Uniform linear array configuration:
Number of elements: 8
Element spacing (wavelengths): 1
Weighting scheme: binomial
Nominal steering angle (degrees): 0
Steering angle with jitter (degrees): -1.771
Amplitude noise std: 0.05
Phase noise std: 0.05

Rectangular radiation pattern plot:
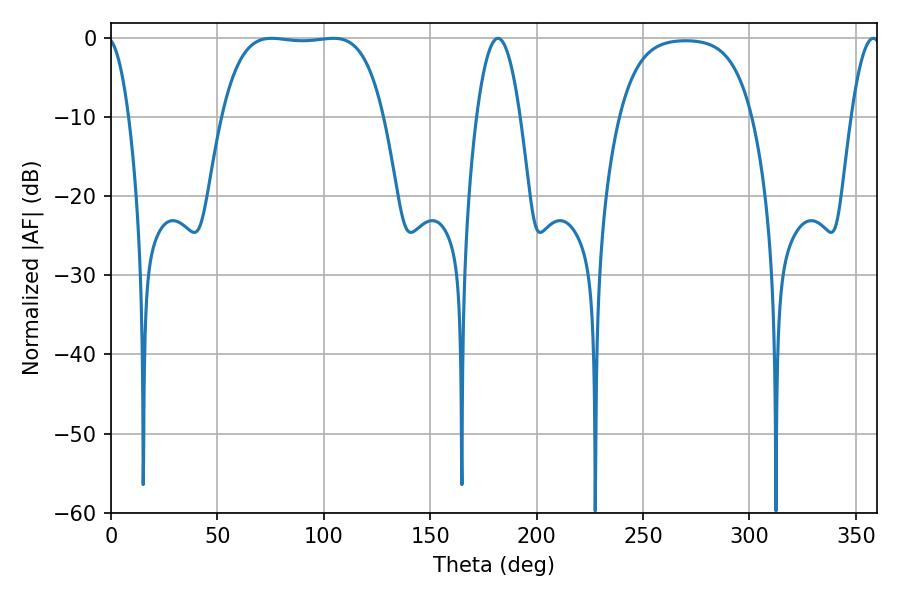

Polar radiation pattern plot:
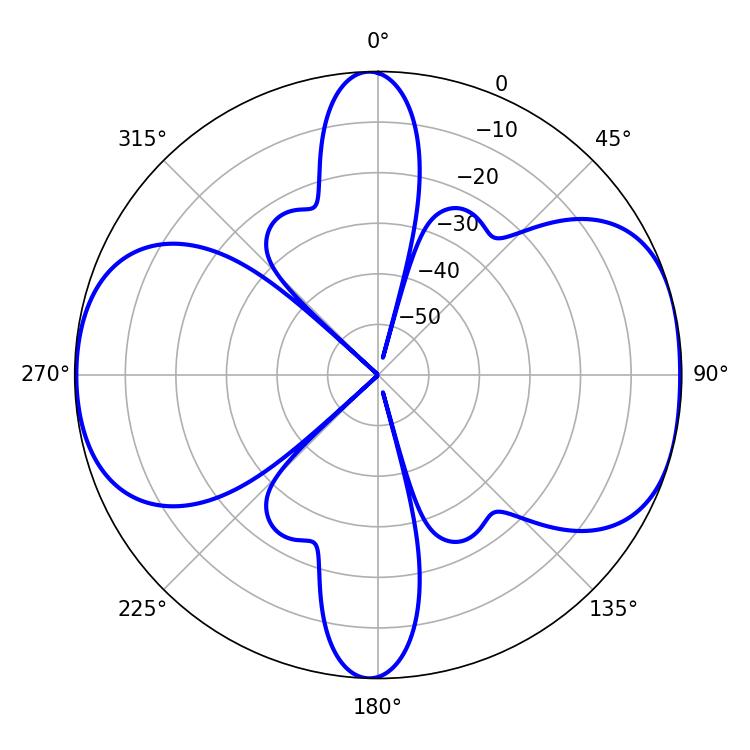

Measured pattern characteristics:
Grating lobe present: TRUE
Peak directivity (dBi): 8.525
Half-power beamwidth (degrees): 59.4
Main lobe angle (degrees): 75.42